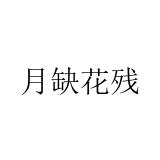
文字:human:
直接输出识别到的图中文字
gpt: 月缺花残